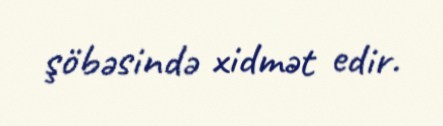
şöbəsində xidmət edir.